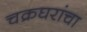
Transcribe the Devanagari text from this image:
चक्रघरांचा